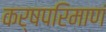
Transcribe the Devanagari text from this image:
कर्षपरिमाणं